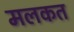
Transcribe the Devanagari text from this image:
मलकत